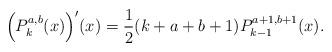
LaTeX: \begin{align*}\Big(P_{k}^{a,b}(x)\Big)'(x)=\frac{1}{2}(k+a+b+1)P_{k-1}^{a+1,b+1}(x).\end{align*}